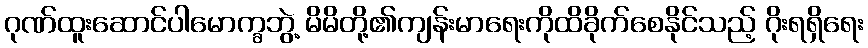
ဂုဏ်ထူးဆောင်ပါမောက္ခဘွဲ့ မိမိတို့၏ကျန်းမာရေးကိုထိခိုက်စေနိုင်သည့် ဂိုးရရှိရေး